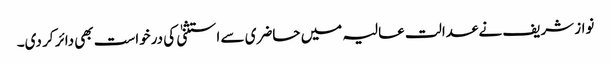
نواز شریف نے عدالت عالیہ میں حاضری سے استثنیٰ کی درخواست بھی دائر کر دی۔